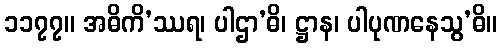
၁၁၇၇။ အဓိကိ’ဿရ၊ ပါဌာ’ဓိ၊ ဋ္ဌာန၊ ပါပုဏနေသွ’ဓိ။